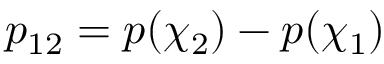
p _ { 1 2 } = p ( \chi _ { 2 } ) - p ( \chi _ { 1 } )